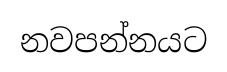
නවපන්නයට